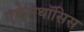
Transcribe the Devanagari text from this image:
एकेनथॉसिस